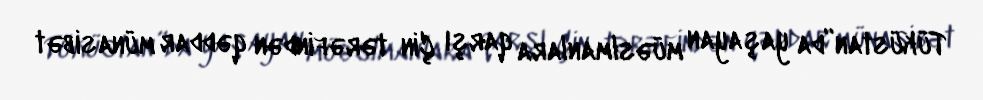
Tüküstan”da yaşayan müəslmanlara qarşı Çin tərəfindən qəddar münasibət